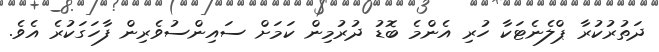
ދަތުރުކުރާ ޕްލެނެޓަކާ ހުރި އެންމެ ބޮޑު ދުރުމިން ކަމަށް ސައިންސުވެރިން ފާހަގަކުރެ އެވެ.